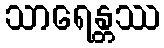
သာရေန္တဿ